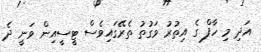
އަދި މި ހާފް ގެ އިތުރު ވަގުތު ތެރޭގައިވެސް ޓީސީއިން ވަނީ ދެ